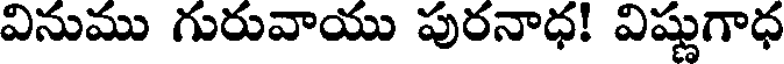
వినుము గురువాయు పురనాధ! విష్ణుగాధ